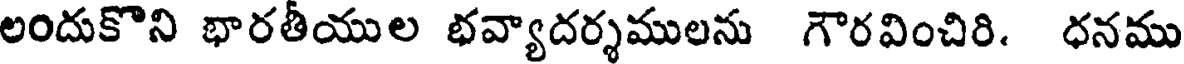
లందుకొని భారతీయుల భవ్యాదర్శములను గౌరవించిరి. ధనము